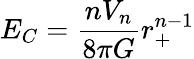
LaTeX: E_{C}=\frac{nV_{n}}{8\pi G}r_{+}^{n-1}